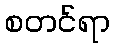
စတင်ရာ